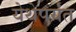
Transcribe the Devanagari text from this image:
येथेपर्यंत